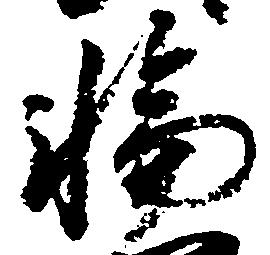
輪